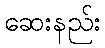
ဆေးနည်း